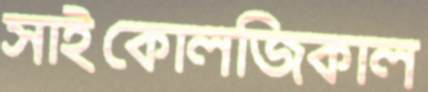
সাইকোলজিকাল